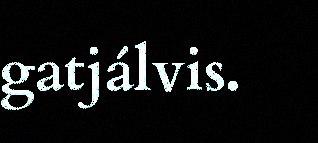
gatjálvis.